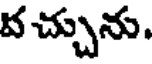
వ చ్చును.